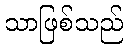
သာဖြစ်သည်